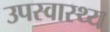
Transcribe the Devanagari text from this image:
उपस्‍वास्‍थ्‍य